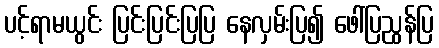
ပင့်ရာမယွင်း ပြင်းပြင်းပြပြ နေလှမ်းပြ၍ ဖေါ်ပြညွန်ပြ